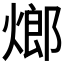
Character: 𤍎